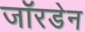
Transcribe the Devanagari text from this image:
जॉरडेन